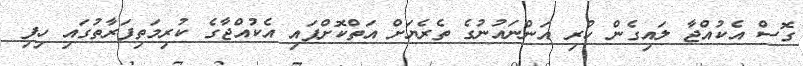
ގޮސް އެކުއްޖާ ލައިގެން ހުރި އަންނައުނުގެ ތެރެޔަށް އަތްކޮށްޕައި އެކުއްޖާގެ ކުރިމަތިފަރާތުގައި ހިފި